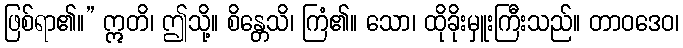
ဖြစ်ရာ၏။” ဣတိ၊ ဤသို့။ စိန္တေသိ၊ ကြံ၏။ သော၊ ထိုခိုးမှူးကြီးသည်။ တာဝဒေဝ၊